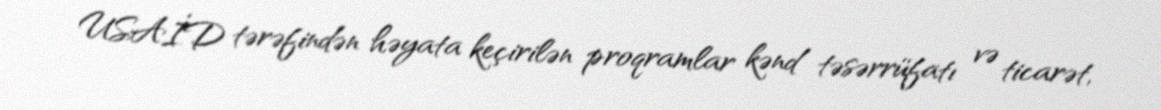
USAİD tərəfindən həyata keçirilən proqramlar kənd təsərrüfatı və ticarət,